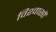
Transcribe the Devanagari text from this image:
विश्‍वासों